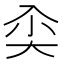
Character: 𰃘